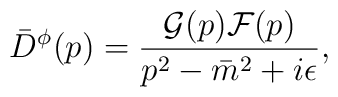
{\bar D}^\phi(p)=\frac{{\cal G}(p){\cal F}(p)}{p^2-{\bar m}^2+i\epsilon},